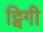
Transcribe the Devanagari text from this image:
ट्विगी